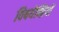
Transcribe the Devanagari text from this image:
विषयेन्द्रियों